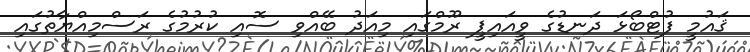
ޤައުމީ ފުޓްބޯޅަ ދަނޑުގެ ވީއައިޕީ ރޫމްގައި މިއަދު ބޭއްވި ސޮއި ކުރުމުގެ ރަސްމިއްޔާތުގައި